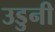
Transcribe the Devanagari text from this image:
उडुनी